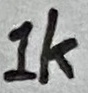
Text: 1K